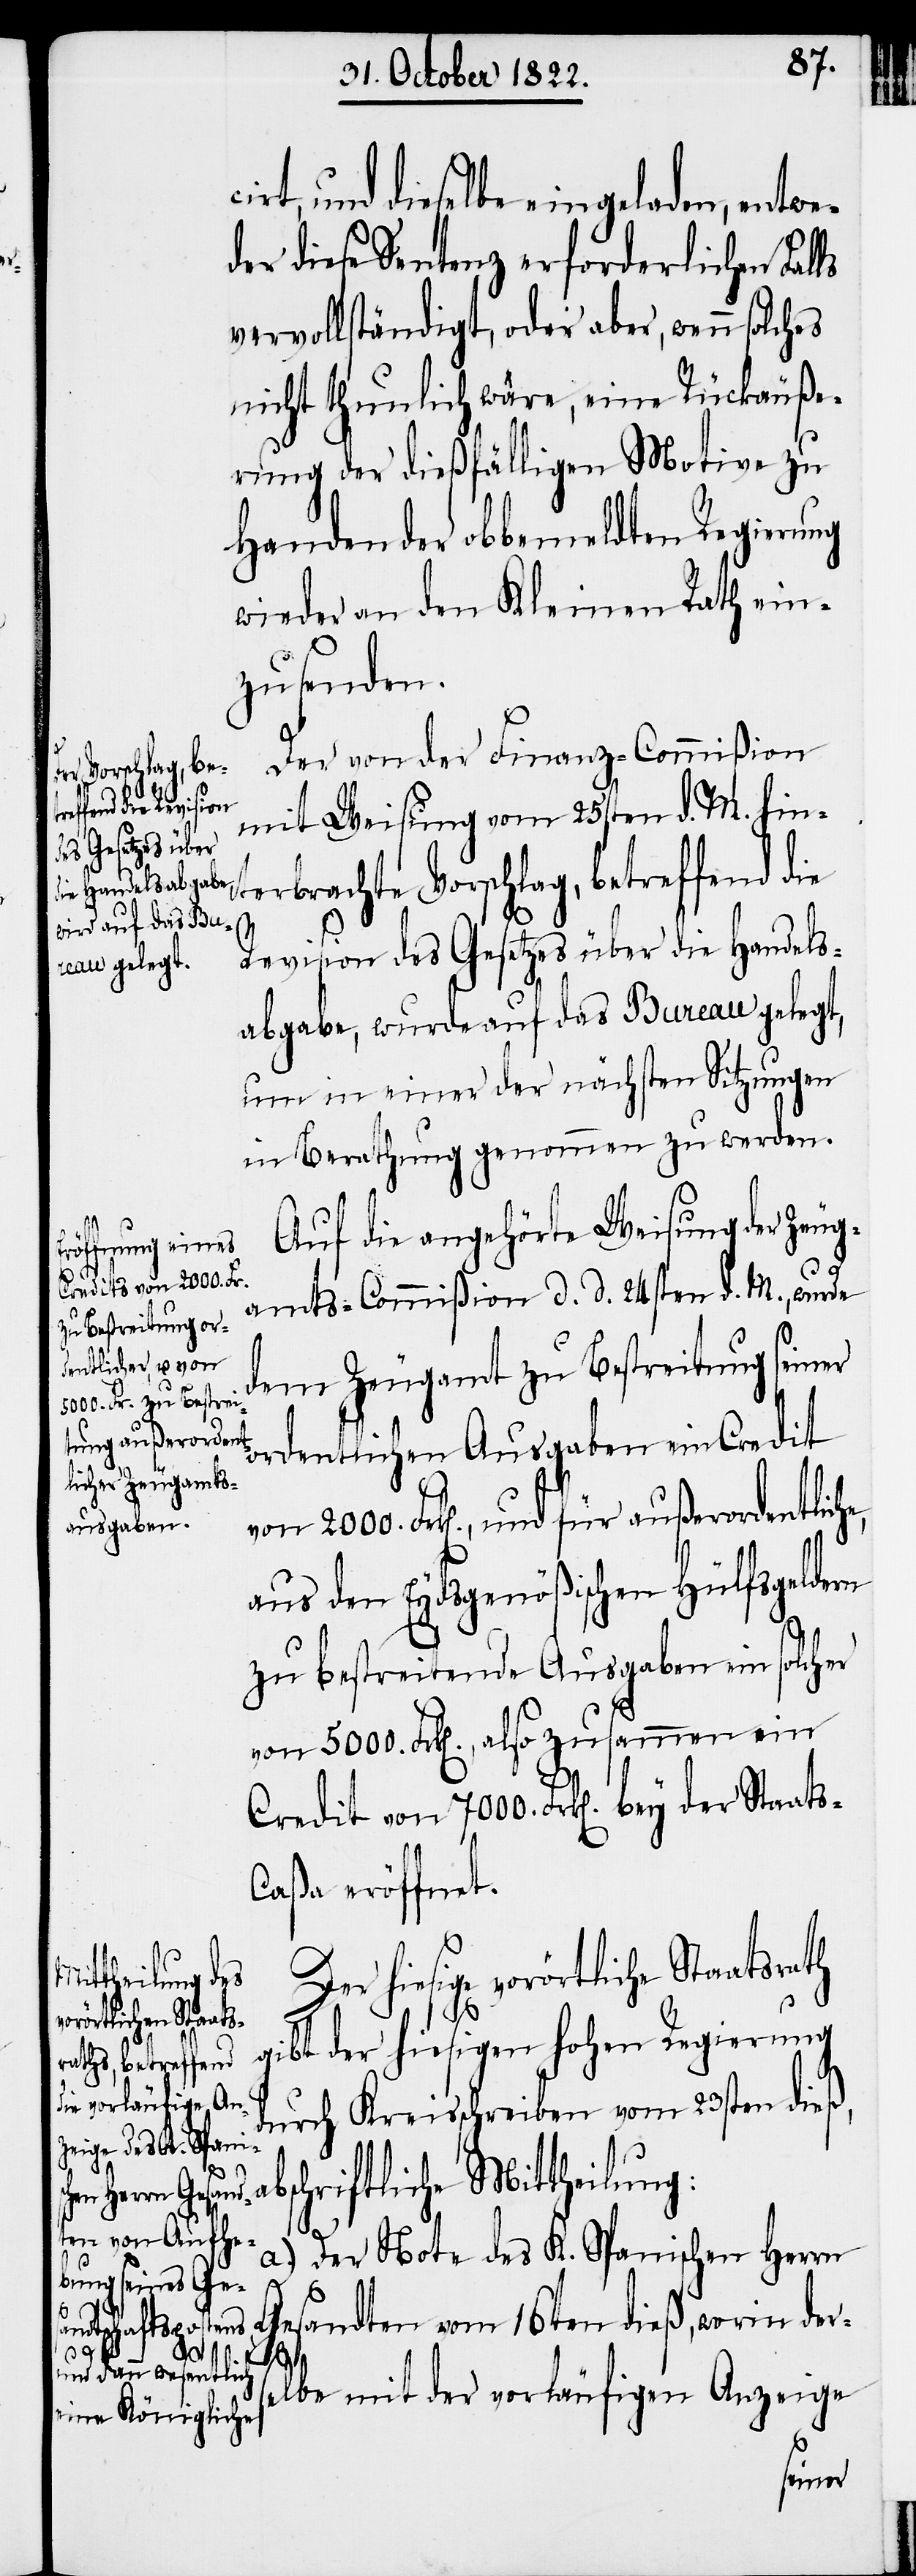
2000.
Credit von 7000. Fr¬
bey der Staats¬

cirt, und dieselbe eingeladen, entwe¬
der diese Sentenz erforderlichen Fal¬
vervollständigt, oder aber, wenn solches
nicht thunlich wäre, eine Rückäuße¬
rung der dießfälligen Motive zu
Handen der obbemeldten Regierung
wieder an den Kleinen Rath ein¬
zusenden.
Der von der Finanz-Commißion
mit Weisung vom 25sten d. M. hin¬
terbrachte Vorschlag, betreffend die
Revision des Gesetzes über die Handels¬
abgabe, wurde auf das Bureau gelegt,
um in einer der nächsten Sitzungen
in Berathung genommen zu werden.
Auf die angehörte Weisung der Zeug¬
amts-Commißion d. d. 24sten d. M., wurde
dem Zeugamt zu Bestreitung seiner
ordentlichen Ausgaben ein Credit
aus den Eydsgenößischen Hülfsgeldern
zu bestreitende Ausgaben ein solcher
von 5000. Frk[en]., also zusammen ein
caßa eröffnet.
Der hiesige vorörtliche Staatsrath
gibt der hiesigen hohen Regierung
durch Kreisschreiben vom 23sten dieß,
hriftliche Mittheilung:
sc¬
a.) Der Note des K. Spanischen Herrn
Gesandten vom 16ten dieß, worin ders¬
k[en].
elbe mit der vorläufigen Anzeige